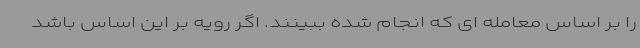
را بر اساس معامله ای که انجام شده ببینند. اگر رویه بر این اساس باشد